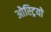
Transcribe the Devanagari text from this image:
ओस्ट्रियो